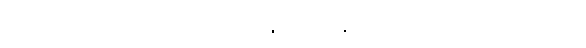
ပဏ္ဍိတာ၊ ပညာရှိတို့သည်။ သလ္လပန္တိ၊ ဆွေးနွေးတိုင်ပင်ကုန်၏။ ဣတိ၊ ဤသို့။